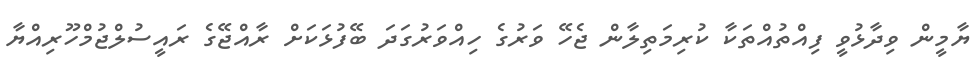
ޔާމީން ވިދާޅުވީ ފިއްތުއްތަކާ ކުރިމަތިލާން ޖެހޭ ވަރުގެ ހިއްވަރުގަދަ ބޭފުޅަކަށް ރާއްޖޭގެ ރައީސުލްޖުމްހޫރިއްޔާ